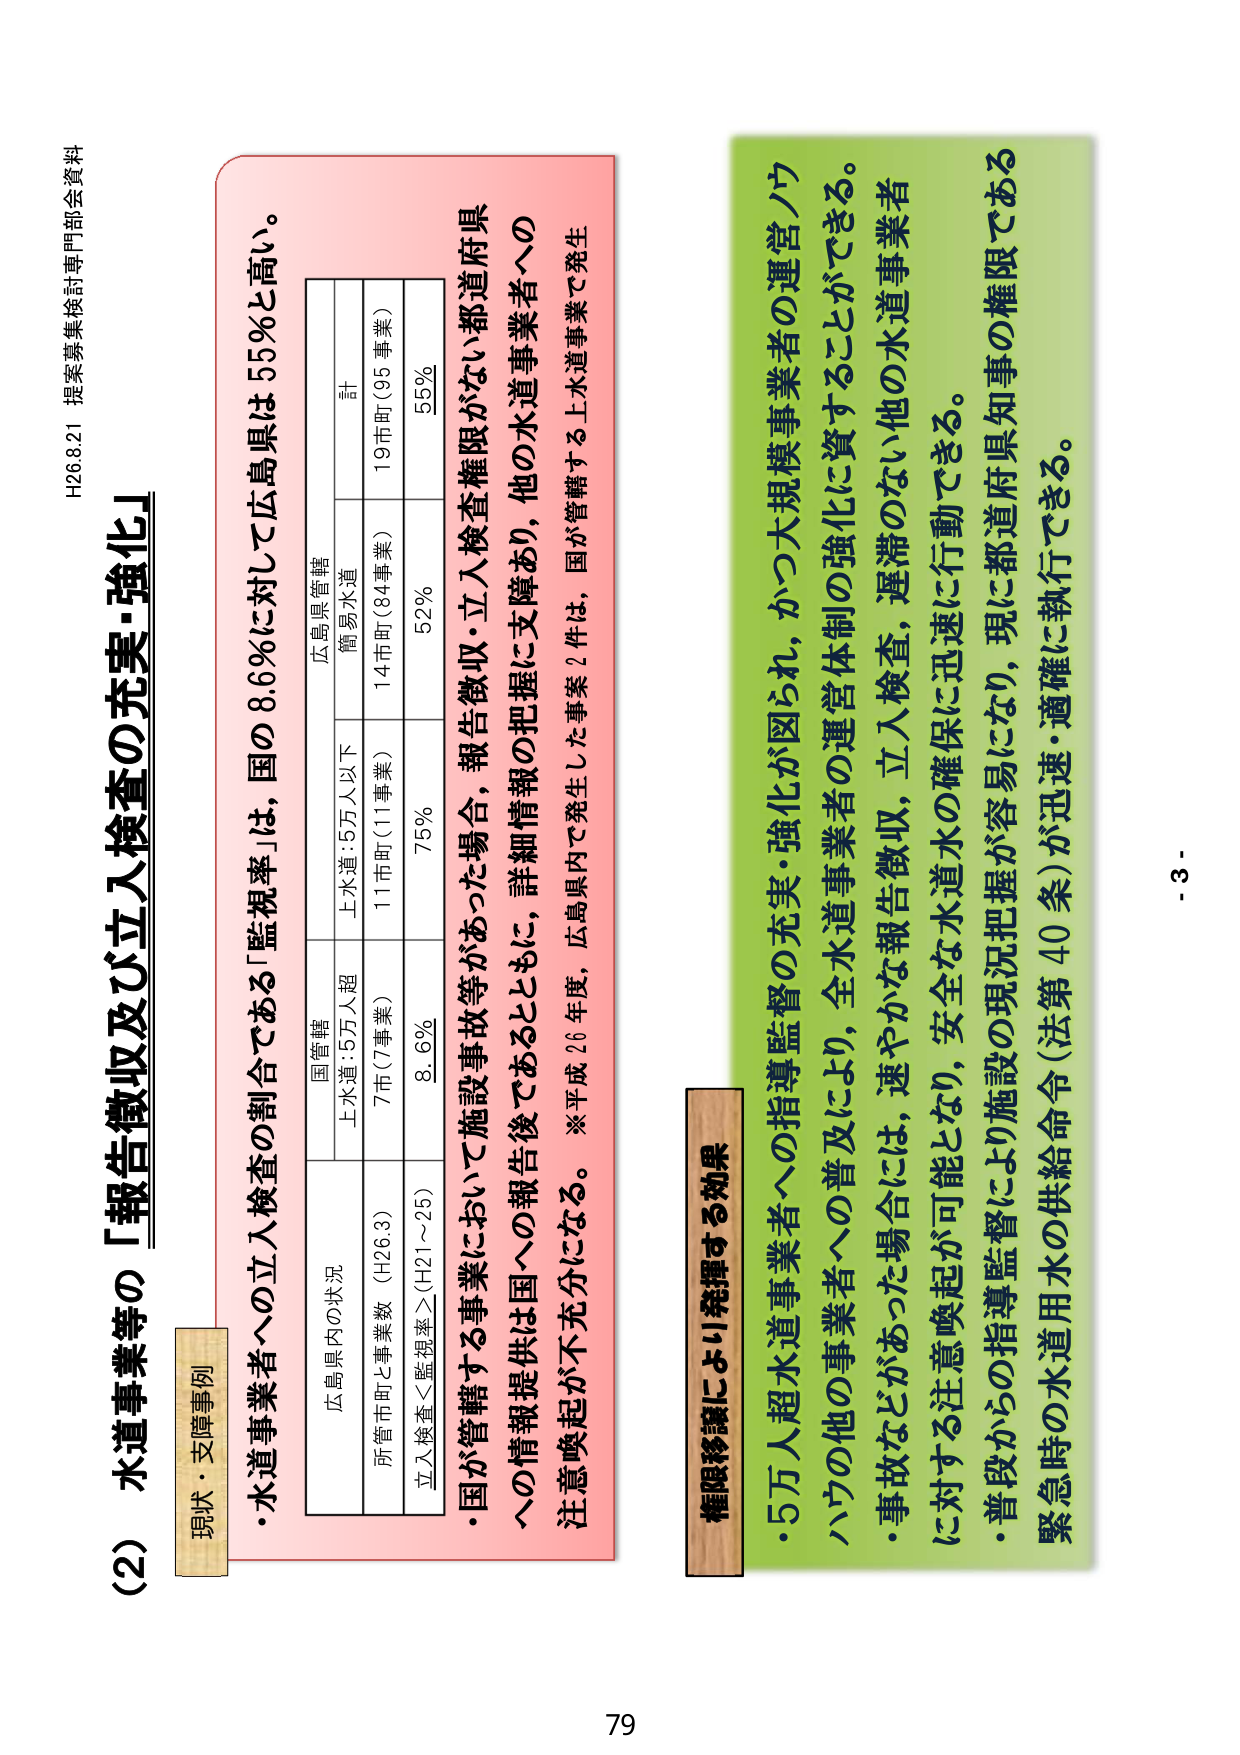
H26.8.21 提案募集検討専門部会資料

(2) 水道事業等の「報告徴収及び立入検査の充実・強化」

現状・支障事例

・水道事業者への立入検査の割合である「監視率」は、国の8.6％に対して広島県は55％と高い。

広島県内の状況

国管轄 広島県管轄
上水道：5万人超 上水道：5万人以下 簡易水道 計
所管市町と事業数（H26.3） 7市（7事業） 11市町（11事業） 14市町（84事業） 19市町（95事業）
立入検査＜監視率≧（H21～25） 8.6％ 75％ 52％ 55％

・国が管轄する事業において施設事故等があった場合、報告徴収・立入検査権限がない都道府県への情報提供は国への報告後であるとともに、詳細情報の把握に支障あり、他の水道事業者への注意喚起が不充分になる。※平成26年度、広島県内で発生した事案2件は、国が管轄する上水道事業で発生

権限移譲により発揮する効果

・5万人超水道事業者への指導監督の充実・強化が図られ、かつ大規模事業者の運営ノウハウの他の事業者への普及により、全水道事業者の運営体制の強化に資することができる。
・事故などがあった場合には、速やかな報告徴収、立入検査、遅滞のない他の水道事業者に対する注意喚起が可能となり、安全な水道水の確保に迅速に行動できる。
・普段からの指導監督により施設の現況把握が容易になり、現に都道府県知事の権限である緊急時の水道用水の供給命令（法第40条）が迅速・適確に執行できる。

- 3 -
79